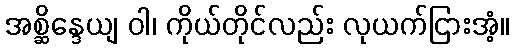
အစ္ဆိန္ဒေယျ ဝါ၊ ကိုယ်တိုင်လည်း လုယက်ငြားအံ့။